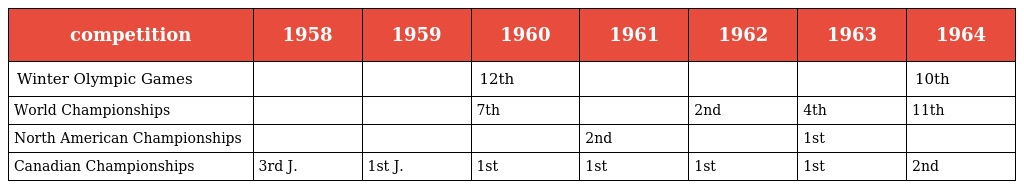
| competition | 1958 | 1959 | 1960 | 1961 | 1962 | 1963 | 1964 |
 | --- | --- | --- | --- | --- | --- | --- | --- |
 | Winter Olympic Games |  |  | 12th |  |  |  | 10th |
 | World Championships |  |  | 7th |  | 2nd | 4th | 11th |
 | North American Championships |  |  |  | 2nd |  | 1st |  |
 | Canadian Championships | 3rd J. | 1st J. | 1st | 1st | 1st | 1st | 2nd |